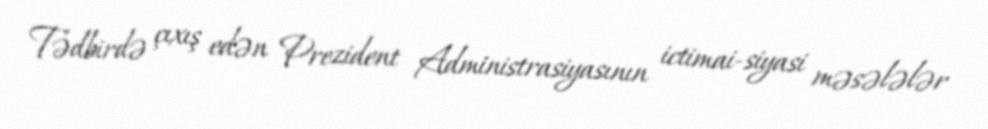
Tədbirdə çıxış edən Prezident Administrasiyasının ictimai-siyasi məsələlər